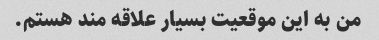
من به این موقعیت بسیار علاقه مند هستم.